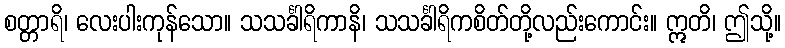
စတ္တာရိ၊ လေးပါးကုန်သော။ သသင်္ခါရိကာနိ၊ သသင်္ခါရိကစိတ်တို့လည်းကောင်း။ ဣတိ၊ ဤသို့။